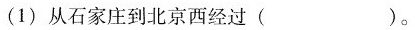
(1)从石家庄到北京西经过()。